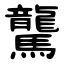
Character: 驡